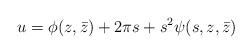
LaTeX: \begin{align*}u=\phi(z, \bar z) + 2\pi s+s^{2}\psi(s, z,\bar z)\end{align*}